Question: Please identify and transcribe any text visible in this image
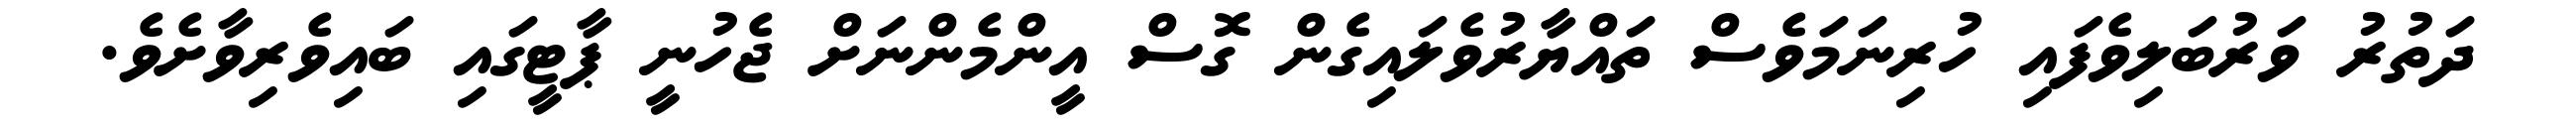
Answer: ދަތުރު ވަރުބަލިވެފައި ހުރިނަމަވެސް ތައްޔާރުވެލައިގެން ގޮސް އީންމެންނަށް ޖެހުނީ ޕާޓީގައި ބައިވެރިވާށެވެ.